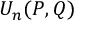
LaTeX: U _ { n } ( P , Q )